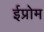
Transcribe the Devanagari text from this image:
ईप्रोम